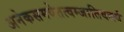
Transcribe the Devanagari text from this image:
अनेकसमवेतत्वम्जातिवर्त्त्य